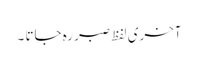
آخری لفظ صبر رہ جاتا ۔